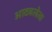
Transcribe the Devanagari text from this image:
आटवलेला